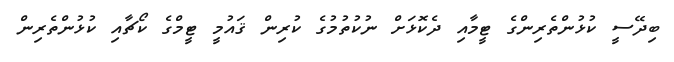
ބިދޭސީ ކުޅުންތެރިންގެ ޓީމާއި ދެކޮޅަށް ނުކުތުމުގެ ކުރިން ޤައުމީ ޓީމްގެ ކޯޗާއި ކުޅުންތެރިން